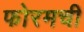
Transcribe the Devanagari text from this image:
फोरमची